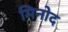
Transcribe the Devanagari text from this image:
मिनोद